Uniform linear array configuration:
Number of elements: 12
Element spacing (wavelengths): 0.25
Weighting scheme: uniform
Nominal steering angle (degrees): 60
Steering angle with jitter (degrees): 58.611
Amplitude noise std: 0.05
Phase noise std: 0.05

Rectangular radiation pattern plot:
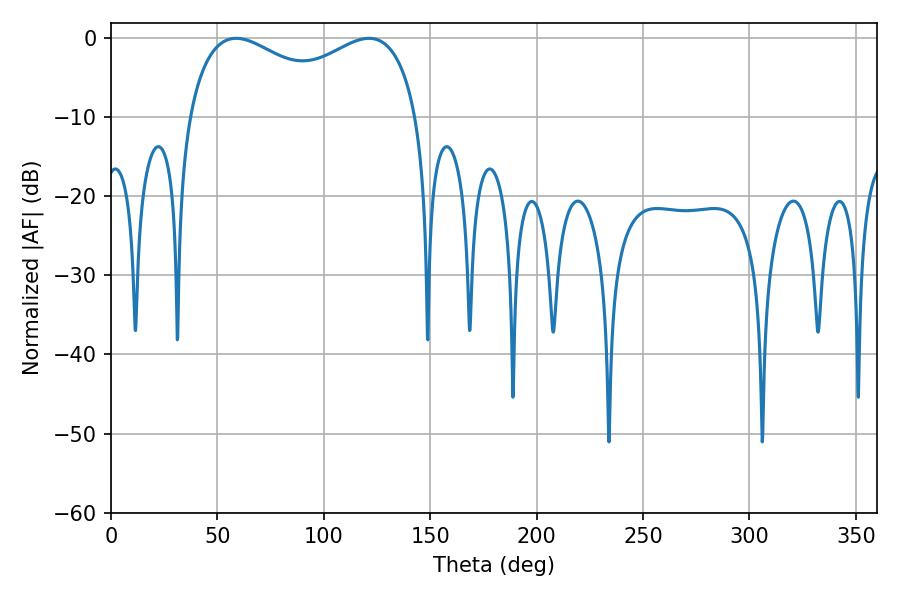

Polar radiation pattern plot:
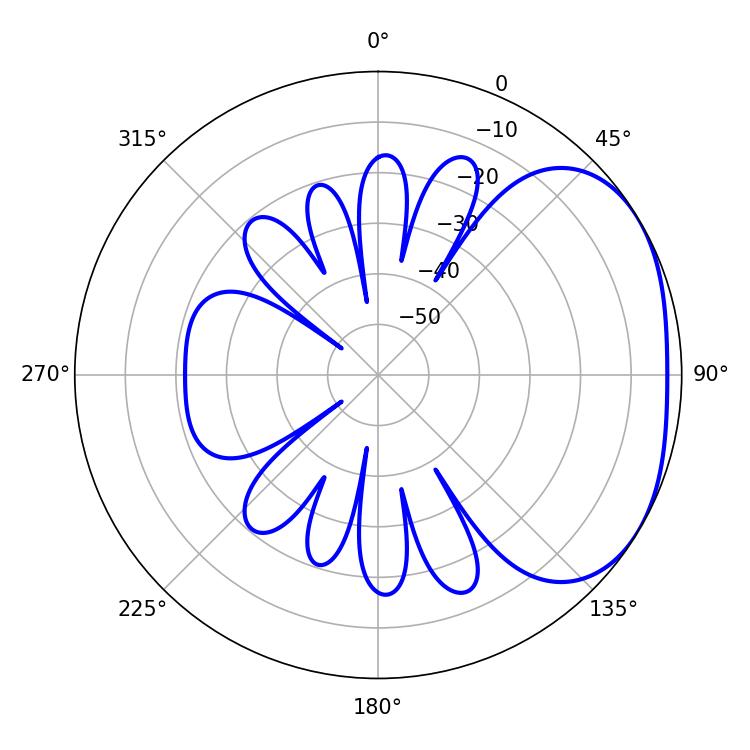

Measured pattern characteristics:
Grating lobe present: FALSE
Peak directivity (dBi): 2.535
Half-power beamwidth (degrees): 90
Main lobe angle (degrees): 58.86